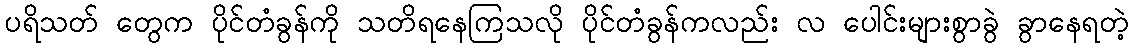
ပရိသတ် တွေက ပိုင်တံခွန်ကို သတိရနေကြသလို ပိုင်တံခွန်ကလည်း လ ပေါင်းများစွာခွဲ ခွာနေရတဲ့